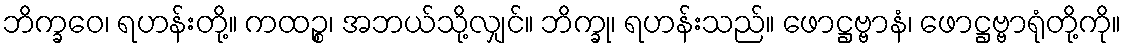
ဘိက္ခဝေ၊ ရဟန်းတို့။ ကထဉ္စ၊ အဘယ်သို့လျှင်။ ဘိက္ခု၊ ရဟန်းသည်။ ဖောဋ္ဌဗ္ဗာနံ၊ ဖောဋ္ဌဗ္ဗာရုံတို့ကို။